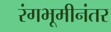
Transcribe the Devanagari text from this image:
रंगभूमीनंतर